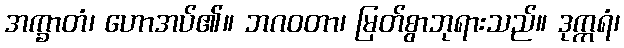
အက္ခာတံ၊ ဟောအပ်၏။ ဘဂဝတာ၊ မြတ်စွာဘုရားသည်။ ဒုက္ကရံ၊